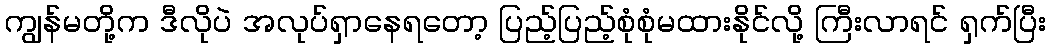
ကျွန်မတို့က ဒီလိုပဲ အလုပ်ရှာနေရတော့ ပြည့်ပြည့်စုံစုံမထားနိုင်လို့ ကြီးလာရင် ရှက်ပြီး